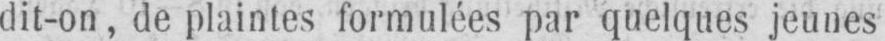
dit-on, de plaintes formulées par quelques jeunes